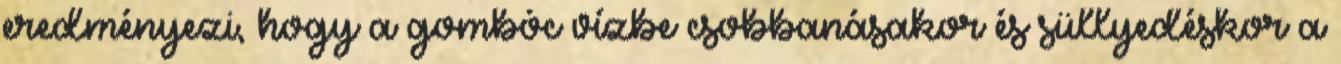
eredményezi, hogy a gombóc vízbe csobbanásakor és süllyedéskor a